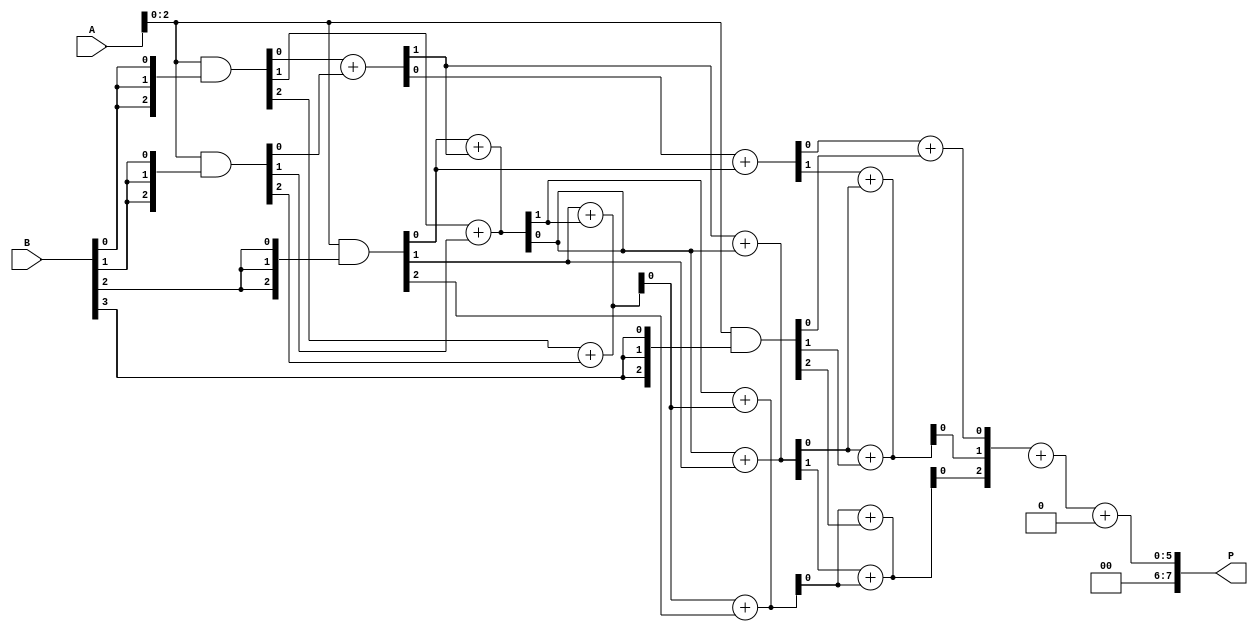
module wallace_tree_multiplier #(parameter N = 4) (
    input [N-1:0] A,
    input [N-1:0] B,
    output [2*N-1:0] P
);

    // Partial products
    wire [N-1:0] pp [0:N-1]; // Partial product array
    genvar i, j;
    
    // Generate partial products
    generate
        for (i = 0; i < N; i = i + 1) begin : pp_gen
            assign pp[i] = A & {N{B[i]}};
        end
    endgenerate

    // Intermediate wires for Wallace tree reduction
    wire [N-1:0] sum [0:N-1]; // Sum wires
    wire [N-1:0] carry [0:N-1]; // Carry wires

    // Wallace tree reduction
    genvar k;
    generate
        for (k = 0; k < N; k = k + 1) begin : reduction
            if (k == 0) begin
                // First layer of reduction
                for (j = 0; j < N; j = j + 1) begin
                    if (j < N-1) begin
                        // Half adder for first two bits
                        assign {carry[k][j], sum[k][j]} = pp[0][j] + pp[1][j];
                    end
                    if (j < N-2) begin
                        // Full adder for next bits
                        assign {carry[k][j+1], sum[k][j+1]} = pp[2][j] + carry[k][j];
                    end
                end
            end else if (k < N-1) begin
                // Subsequent layers
                for (j = 0; j < N; j = j + 1) begin
                    if (j < N-1) begin
                        assign {carry[k][j], sum[k][j]} = sum[k-1][j] + pp[k+1][j];
                    end
                    if (j < N-2) begin
                        assign {carry[k][j+1], sum[k][j+1]} = carry[k-1][j] + sum[k-1][j+1];
                    end
                end
            end
        end
    endgenerate

    // Final addition of the last two rows
    wire [2*N-1:0] final_sum;
    wire [2*N-1:0] final_carry;

    assign {final_carry, final_sum} = {1'b0, sum[N-2]} + {1'b0, sum[N-1]};

    // Final product output
    assign P = final_sum + final_carry;

endmodule